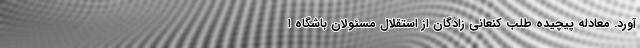
آورد. معادله پیچیده طلب کنعانی زادگان از استقلال مسئولان باشگاه ا